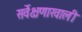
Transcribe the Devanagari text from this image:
सर्वेक्षणाखाली